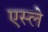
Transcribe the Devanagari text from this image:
एस्ले